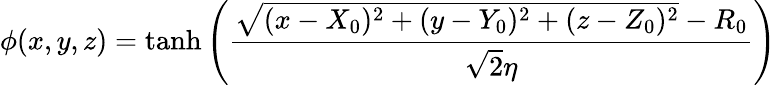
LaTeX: \phi(x,y,z)=\operatorname{tanh}\left(\frac{\sqrt{(x-X_{0})^{2}+(y-Y_{0})^{2}+(z-Z_{0})^{2}}-R_{0}}{\sqrt{2}\eta}\right)